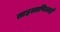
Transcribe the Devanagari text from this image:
ताइलापिल्लई